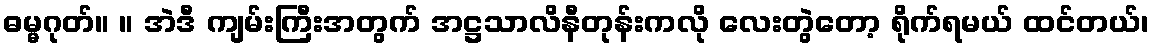
ဓမ္မဂုတ်။ ။ အဲဒီ ကျမ်းကြီးအတွက် အဋ္ဌသာလိနီတုန်းကလို လေးတွဲတော့ ရိုက်ရမယ် ထင်တယ်၊